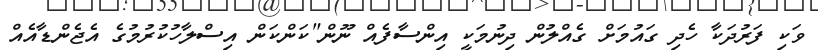
ވަކި ފަރުދަކާ ހެދި ގައުމަށް ގެއްލުން ދިނުމަކީ އިންސާފެއް ނޫން"ކަންކަން އިސްލާހުކުރުމުގެ އެޖެންޑާއެއް